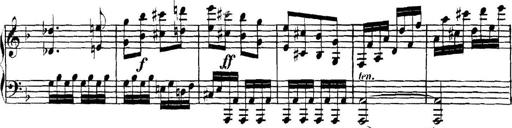
Title: Collected Piano Sonatas
Composer: Muzio Clementi